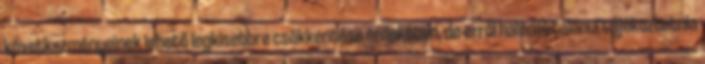
következményeinek lehető legkisebbre csökkentése érdekében, de erről haladéktalanul tájékoztatnia